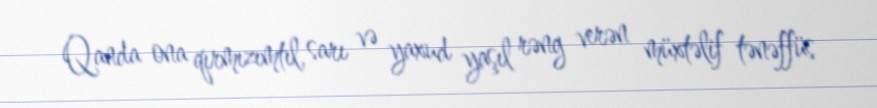
Qanda ona qırmızımtıl, sarı və yaxud yaşıl rəng verən müxtəlif tənəffüs